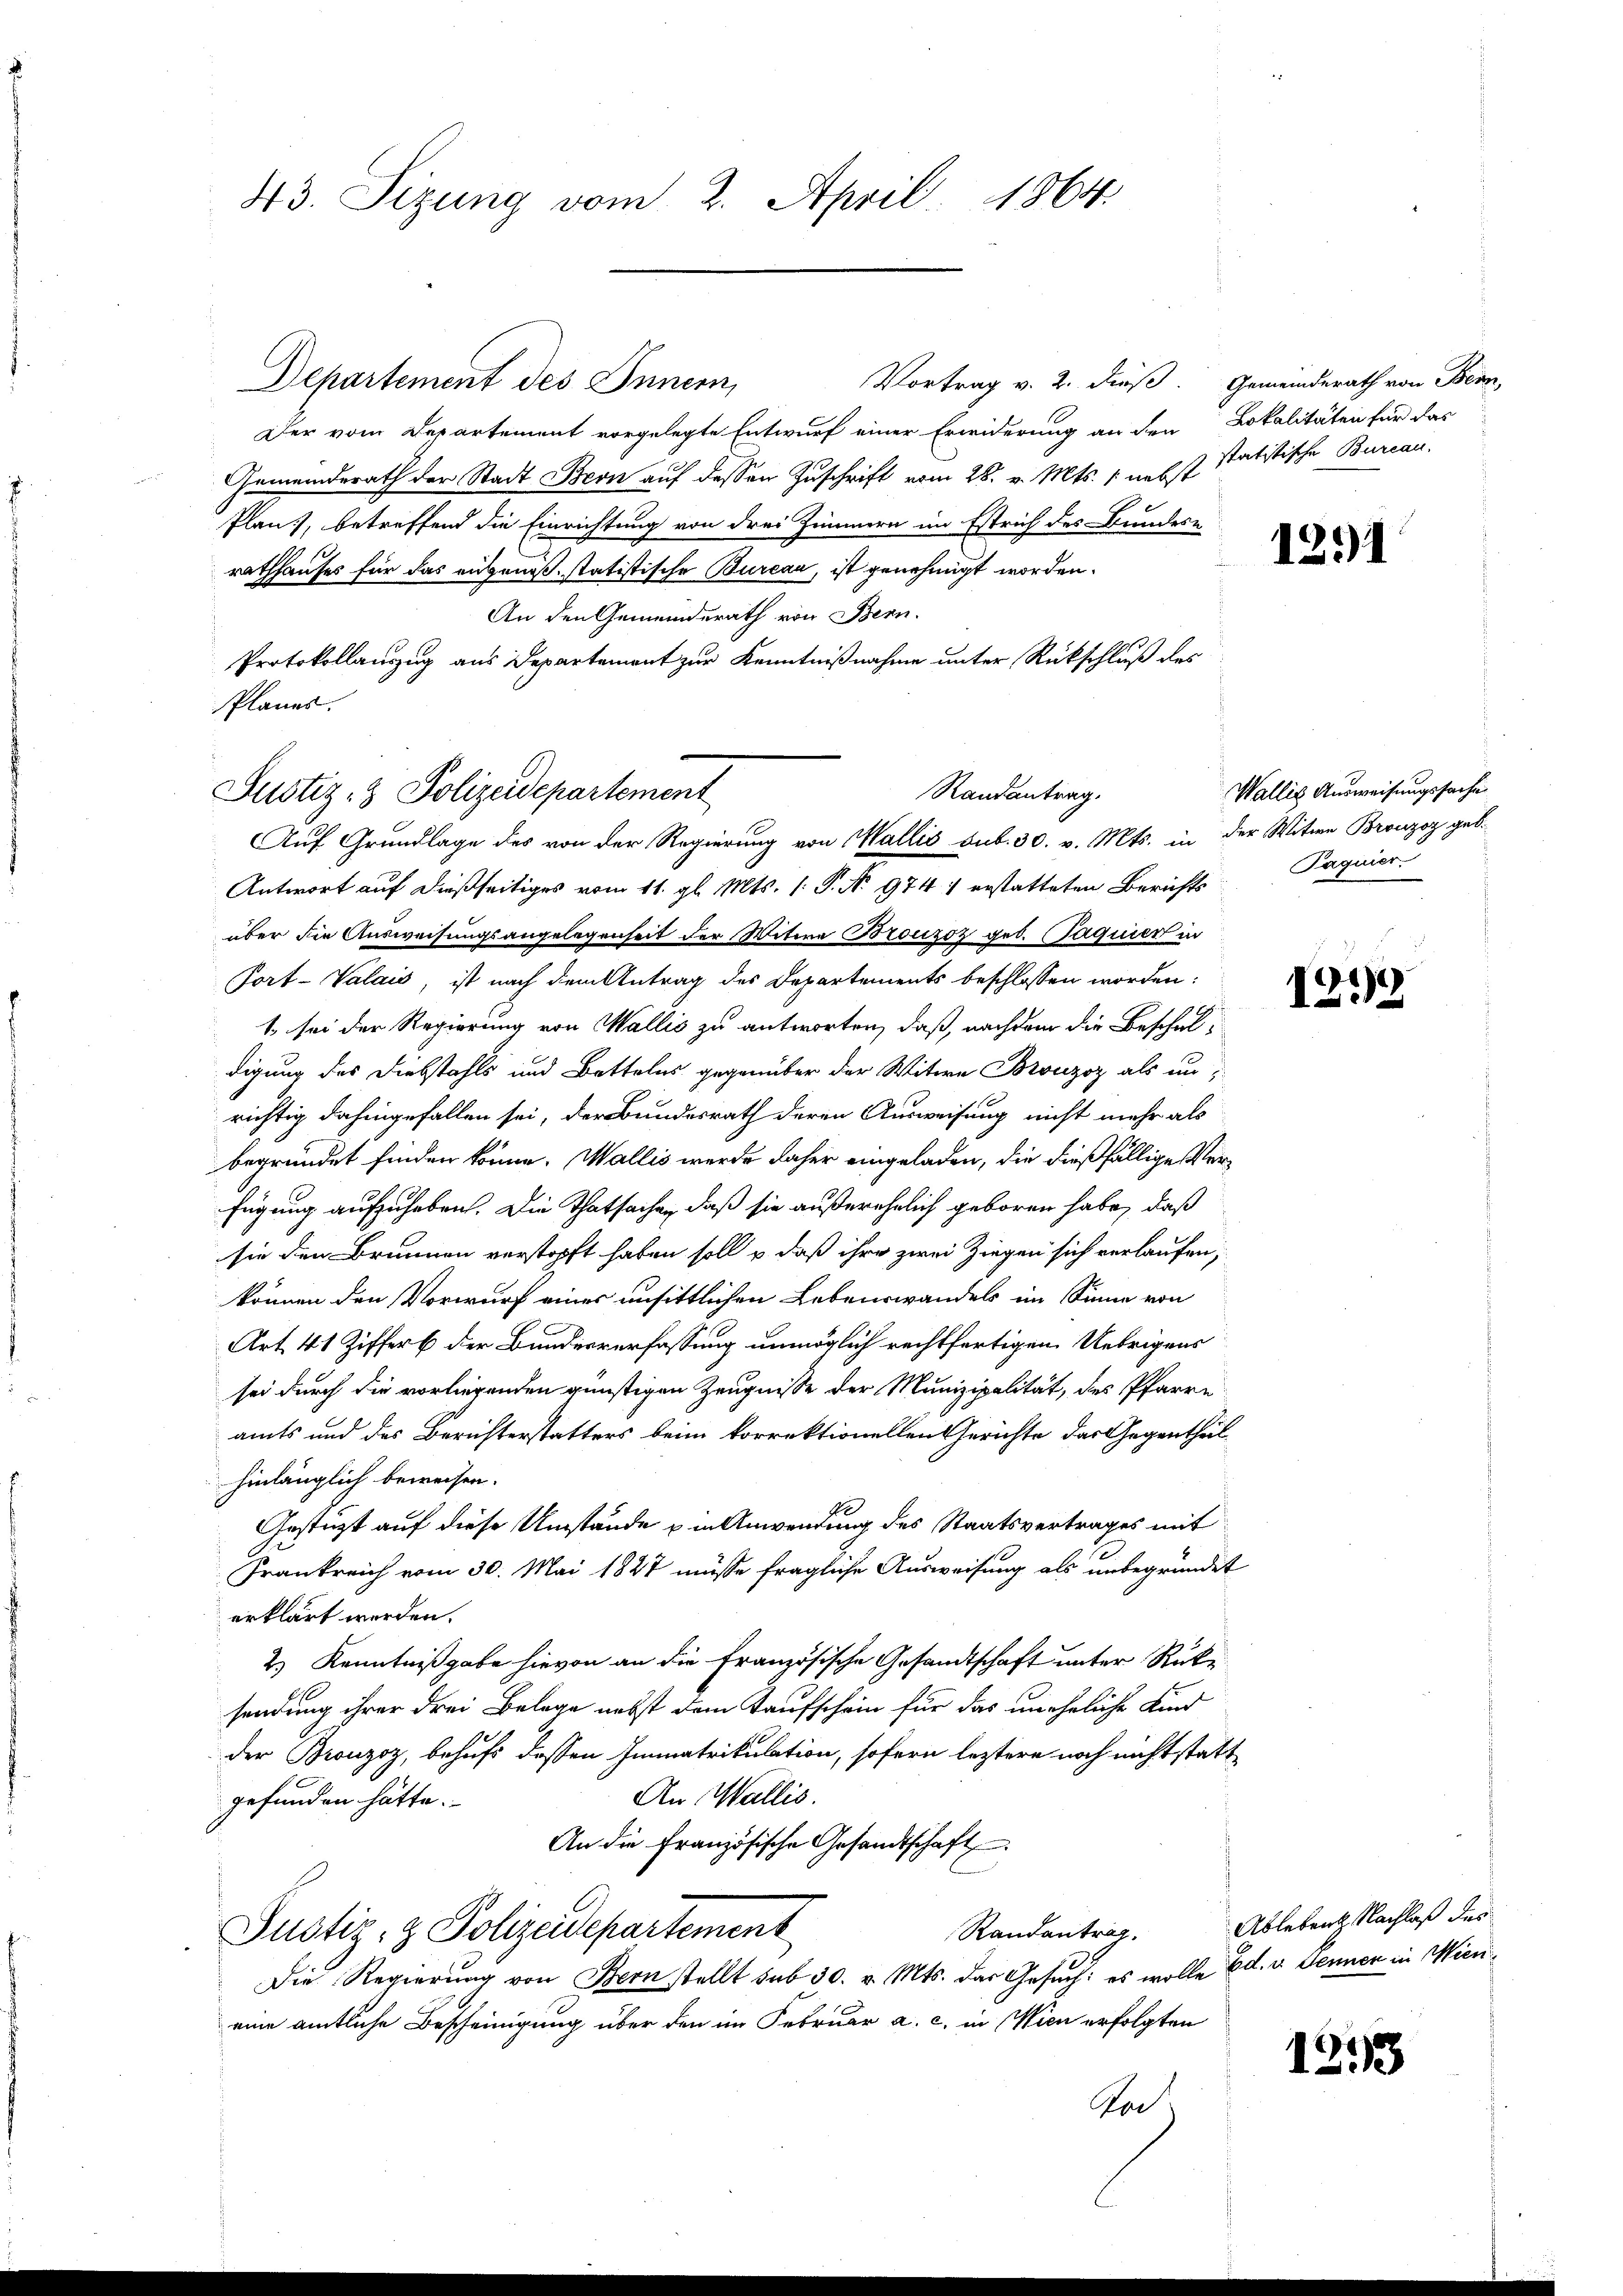
43. Sizung vom 2. April 1864

Vortrag v. 2. dieß. Gemeinderath von Bern,
Departement des Innern,
Der vom Departement vorgelegte Entwurf einer Erwiderung an den Lokalitäten für das
Gemeinderath der Stadt Bern auf dessen Zuschrift vom 28. v. Mts. 1. nebst statistische Bureau.
Plan, betreffend die Einrichtung von drei Zimmern im Estrich des Bundes-
rathhauses für das augmaß, statistische Burcar, ist genehmigt worden.
An den Gemeinderath von Bern.
Protokollauszug aus Departement zur Kenntnißnahme unter Rückschluß des
Randantrag.
Antwort auf dießseitiges vom 11. gl. Mts. 1. P. No 974 1 erstatteten Berichts
über die Ausweisungsangelegenheit der Witwe Bronzoz geb. aquiert un
Port-Valais, ist nach dem Antrag des Departements beschlossen worden:
1 sei der Regierung von Wallis zu antworten, daß, nachdem die Beschul-
digung des Diebstahls und Bettelns gegenüber der Witwe Bronzoz als un-
richtig dahingefallen sei, der Bundesrath deren Ausweisung nicht mehr als
begründet finden könne. Wallis werde daher eingeladen, die dießfällige Verfügung aufzuheben. Die Thatsachen, daß sie außerehelich geboren habe, daß
sie den Brunnen verstopft haben soll u. daß ihre zwei Ziegen sich verlaufen,
können den Vorwurf eines unsittlichen Lebenswandels im Sinne von
Art. 41 Zifferb der Bundesverfassung unmöglich rechtfertigen Uebrigens
sei durch die vorliegenden günstigen Zeugnisse der Munizipalität, des Pfarre
amts und des Berichterstatters beim korrektionellen Gerichte das Gegentheil
hinlänglich beweisen.
de
Gestützt auf diese Umstände in Anwendung des Staatsvertrages mit
Frankreich vom 30. Mai 1827 müsse fragliche Ausweisung als unbegründet
erklärt werden.
2.) Kenntnißgabe hievon an die Französische Gesandtschaft unter Rüksendung ihrer drei Belege nebst dem Kaufschein für das uneheliche Kind
der Bronzoz, behufs dessen Immatrikulation, sofern leztere noch nicht statt¬
An Wallis.
gefunden hätte.
An die Französische Gesandtschaft
Justiz- & Polizeidepartement
Randantrag.
Die Regierŭng von Bern stellt sub 30. v. Mts. das Gesŭch: es wolle Ed. v. Jennen in Wieneine amtliche Bescheinigung über den im Februar a. c. in Wien erfolgten
Kod.

Planes.
Justiz- & Polizeidepartement
Auf Grundlage des von der Regierung von Wallis sub. 30. v. Mts. in der Witwe Bronzoz geb.

1291

Wallis Ausweisungssache
Paquier.

1252

Ableben Nachlaß dies

1293